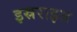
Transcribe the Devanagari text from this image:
इस्रराइल